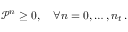
\mathcal P ^ { n } \ge 0 , \quad \forall n = 0 , \hdots , n _ { t } \, .